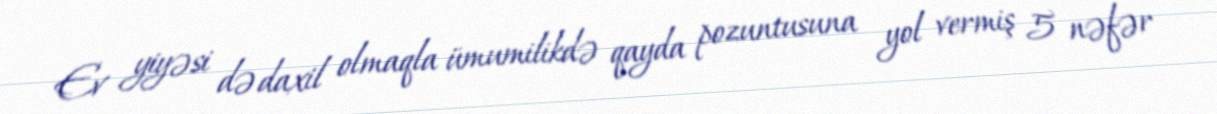
Ev yiyəsi də daxil olmaqla ümumilikdə qayda pozuntusuna yol vermiş 5 nəfər